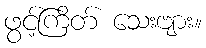
ဖွင့်ကြိတ် သေးဗျား။